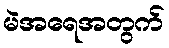
မဲအရေအတွက်